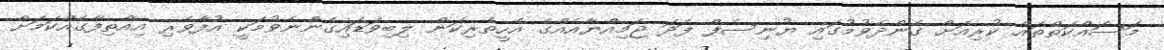
މަސައްކަތްތައް ކުރިއަށް ގެންދެވުމުގައި ޔުނިސެފް ފަދަ ޖަމިއްޔާއެއްގެ އެހީތެރިކަން ލިބިވަޑައިގެންނެވުމަކީ އުފާވެރި އިއްތިފާގެއްކަމަށް